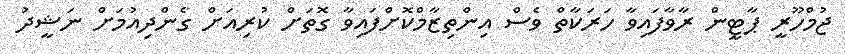
ޖުމްހޫރީ ޕާޓީން ރާވާފައިވާ ހަރަކާތް ވެސް އިންތިޒާމްކޮށްފައިވާ ގޮތަށް ކުރިއަށް ގެންދިއުމަށް ނަޝީދު